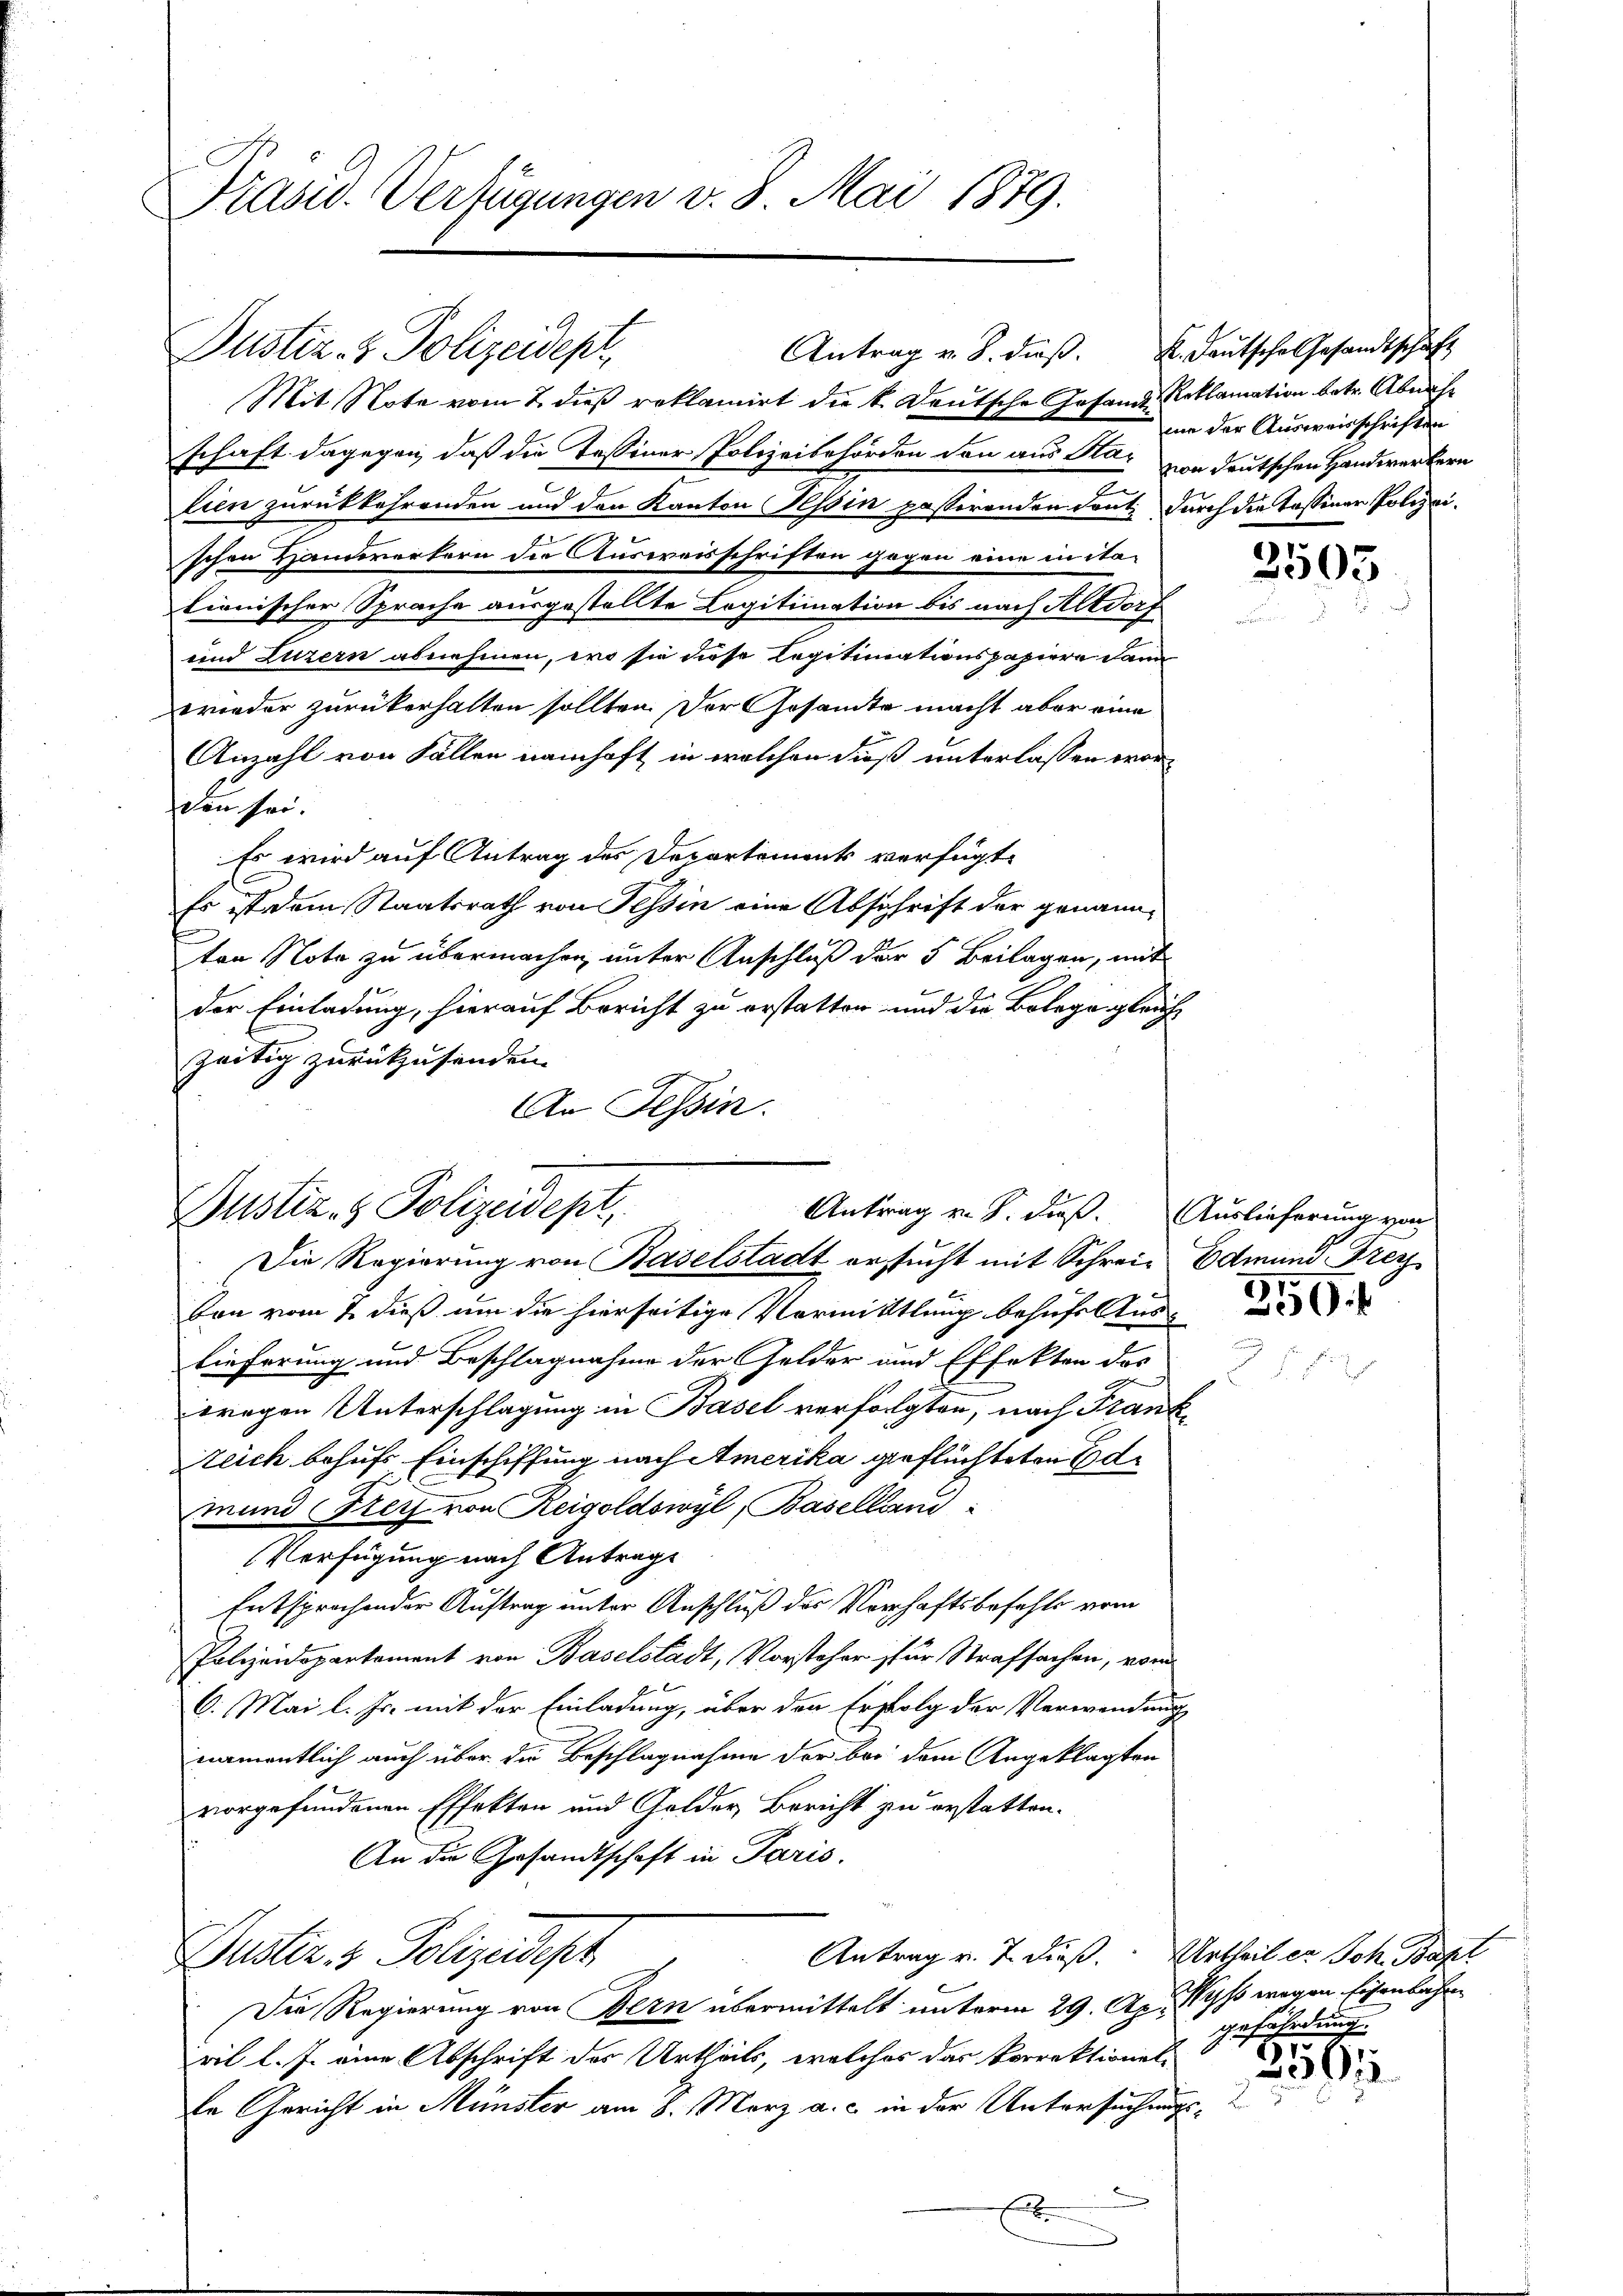
Präsid. Verfügungen v. 8. Mai 1879.

Justiz- & Polizeidept
Mit Note vom 2. dieß reklamirt die k. Deutsche Gesand Reklamation betr. Abnah¬

schaft dagegen, daß die Tessiner Polizeibehörden den aus Klar von deutschen Handwerkern
lien zurückkehrenden und den Kanton Hessin passirenden konnt. durch die Tassenen Polizeischen Handwerkern die Ausweisschriften gegen eine in ita-
tionischer Sprache ausgestellte Logitimation bis nach Altdorf
und Luzern abnehmen, wo sie diese Legitimationspapiere dann
wieder zurükerhalten sollten. Der Gesandte macht aber eine
Anzahl von Fällen namhaft in welchen dieß unterlassen worden sei.
Es wird auf Antrag des Departement verfügt:
Es ist dem Staatsrath von Tessin eine Abschrift der genannten Note zu übermachen, unter Anschluß der 5 Beilagen, mit
der Einladung, hierauf Bericht zu erstatten und die Bolege gleich
zeitig zurückzusenden.
An Tessin.

Justiz- & Polizeidept.
Antrag v. J. dieß. Auslieferung von
Die Regierung von Baselstadt ersucht mit Schreie Edmund Trezz

Von vom 2. dieß um die hierseitige Vormittlung besuche Auslieferung und Beschlagnahme der Gelder und Effekten das
tragen Unterschlagung in Basel verfolgten, nach Frankteich behufs Einschiffung nach Amerika geflüchteten Edmund Frei von Reigoldswyl, Baselliani
Verfügung nach Antrage
Entsprochender Auftrag unter Anschluß des Verhaftsbefehle vom
Polizeidepartement von Baselstadt, Vorsteher zur Strafsachen, vom
6. Mai l. Js. mit der Einladung, über den Erfolg der Verwendung
namentlich auch über die Beschlagnahme der bei dem Angeklagten
vorgefundenen Effekten und Golder Bericht zu erstatten.
An die Gesandtschaft in Paris.
Antrag v. 7. dieß. Urtheil er Joh. Bapt
Justiz & Polizeidest
Die Regierung von Bern übermittelt unterm 29. Apr. 1891 wegen Eisenbahnril l. J. eine Abschrift des Urtheils, welches das korrektionel-
le Gericht in Münster am 8. März a. c. in der Untersuchungs¬
E

Antrag v. 8. dieβ. K. Deutsche Gesandtschaft

3503

mie der Ausweisschriften

259.

t

gefährdung.
7
391